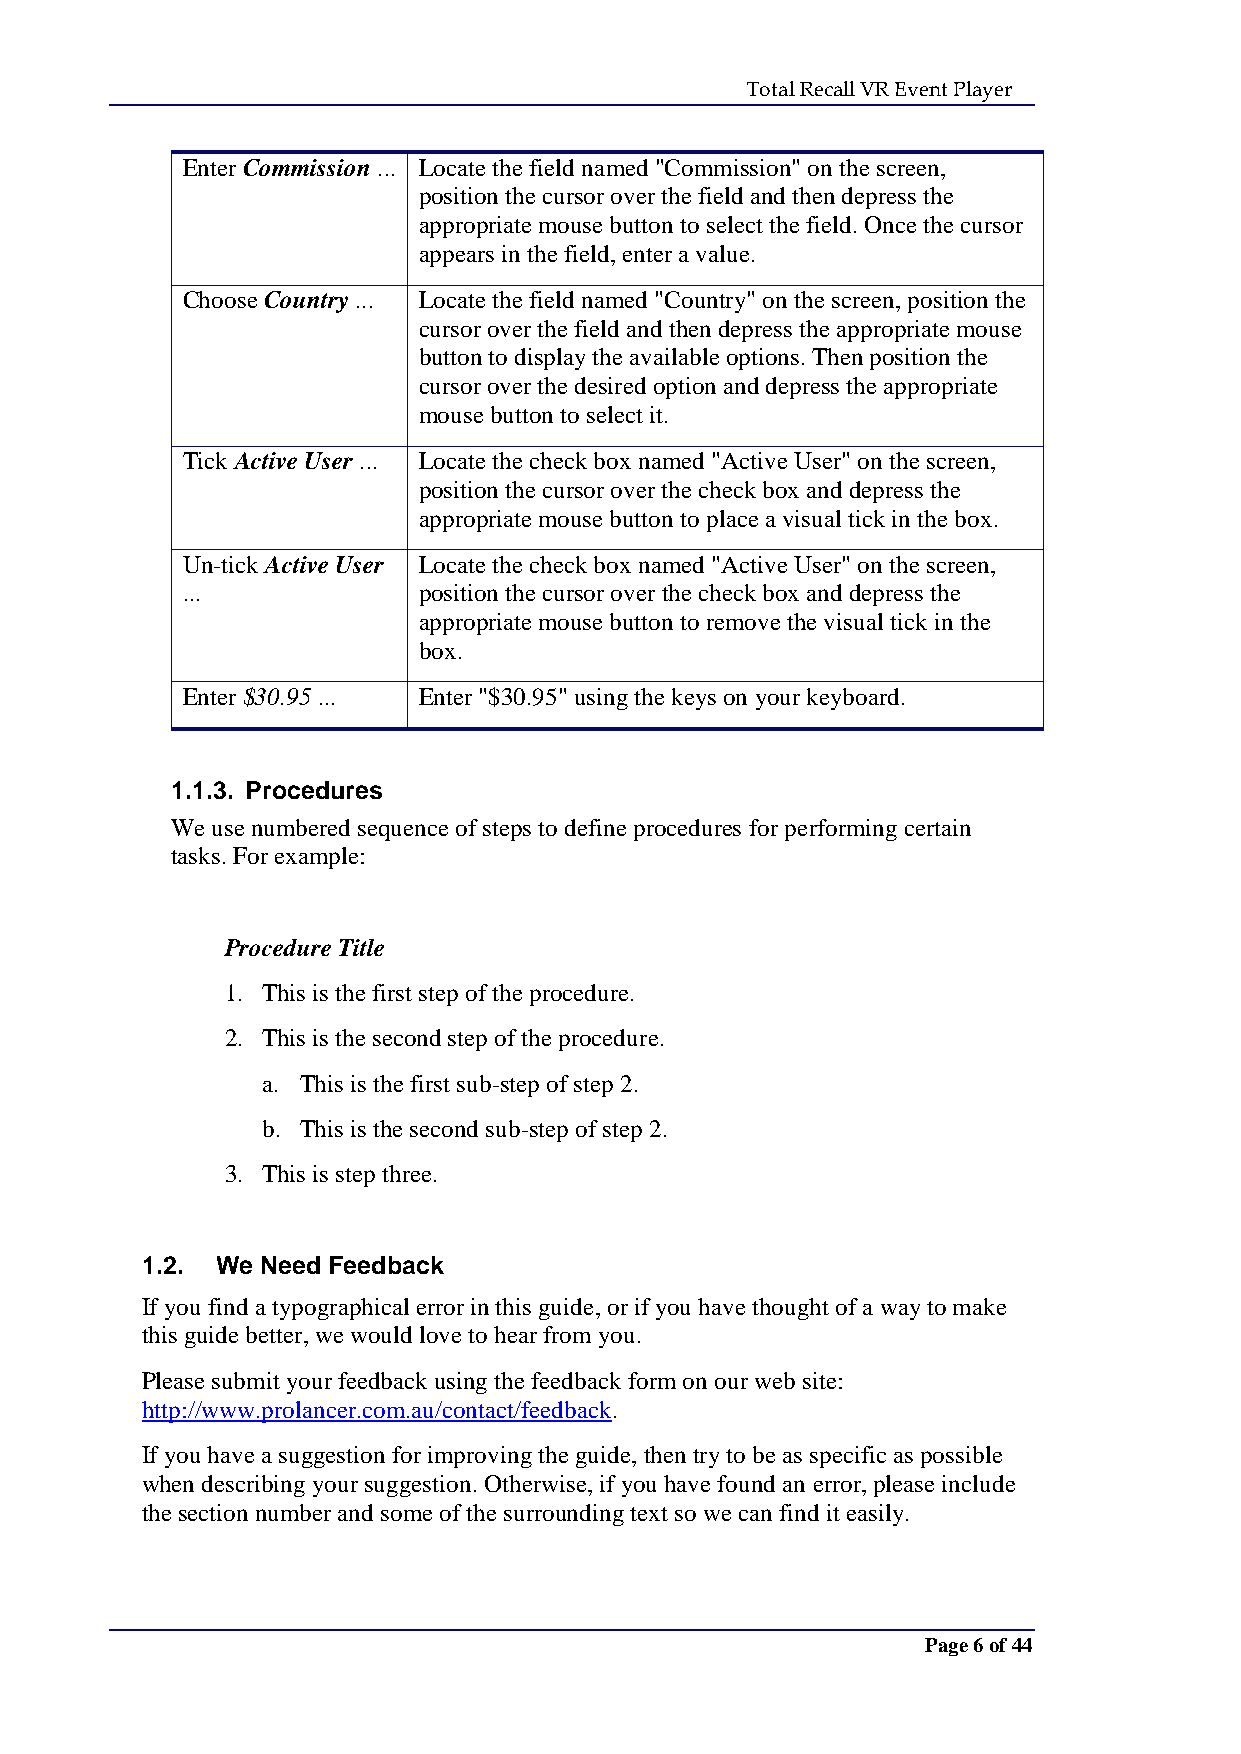
Total Recall VR Event Player
 Enter Commission ... Locate the field named "Commission" on the screen,
 position the cursor over the field and then depress the
 appropriate mouse button to select the field. Once the cursor
 appears in the field, enter a value.
 Choose Country ... Locate the field named "Country" on the screen, position the
 cursor over the field and then depress the appropriate mouse
 button to display the available options. Then position the
 cursor over the desired option and depress the appropriate
 mouse button to select it.
 Tick Active User ... Locate the check box named "Active User" on the screen,
 position the cursor over the check box and depress the
 appropriate mouse button to place a visual tick in the box.
 Un-tick Active User Locate the check box named "Active User" on the screen,
 ...             position the cursor over the check box and depress the
 appropriate mouse button to remove the visual tick in the
 box.
 Enter $30.95 ... Enter "$30.95" using the keys on your keyboard.
 1.1.3. Procedures
 We use numbered sequence of steps to define procedures for performing certain
 tasks. For example:
 Procedure Title
 1. This is the first step of the procedure.
 2. This is the second step of the procedure.
 a. This is the first sub-step of step 2.
 b. This is the second sub-step of step 2.
 3. This is step three.
 1.2. We Need Feedback
 If you find a typographical error in this guide, or if you have thought of a way to make
 this guide better, we would love to hear from you.
 Please submit your feedback using the feedback form on our web site:
 http://www.prolancer.com.au/contact/feedback.
 If you have a suggestion for improving the guide, then try to be as specific as possible
 when describing your suggestion. Otherwise, if you have found an error, please include
 the section number and some of the surrounding text so we can find it easily.
 Page 6 of 44